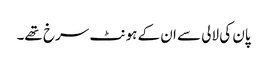
پان کی لالی سے ان کے ہونٹ سرخ تھے۔